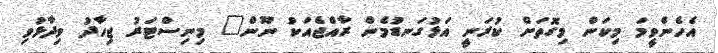
އެހެންވީމަ މިކަން މިގޮތަށް ކުރަނީ އަޅުގަނޑުމެން ރާއްޖެއަކު ނޫން" މިނިސްޓަރު ޖިހާދު ވިދާޅުވި